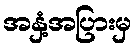
အနှံ့အပြားမှ